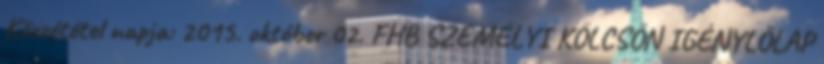
Közzététel napja: 2015. október 02. FHB SZEMÉLYI KÖLCSÖN IGÉNYLŐLAP